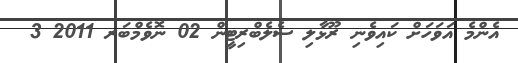
އެންމެ އަވަހަށް ކައިވެނި ރޫޅާލި ސެލެބްރިޓީން 02 ނޮވެމްބަރ 2011 3